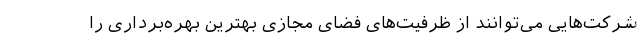
شرکت‌هایی می‌توانند از ظرفیت‌های فضای مجازی بهترین بهره‌برداری را